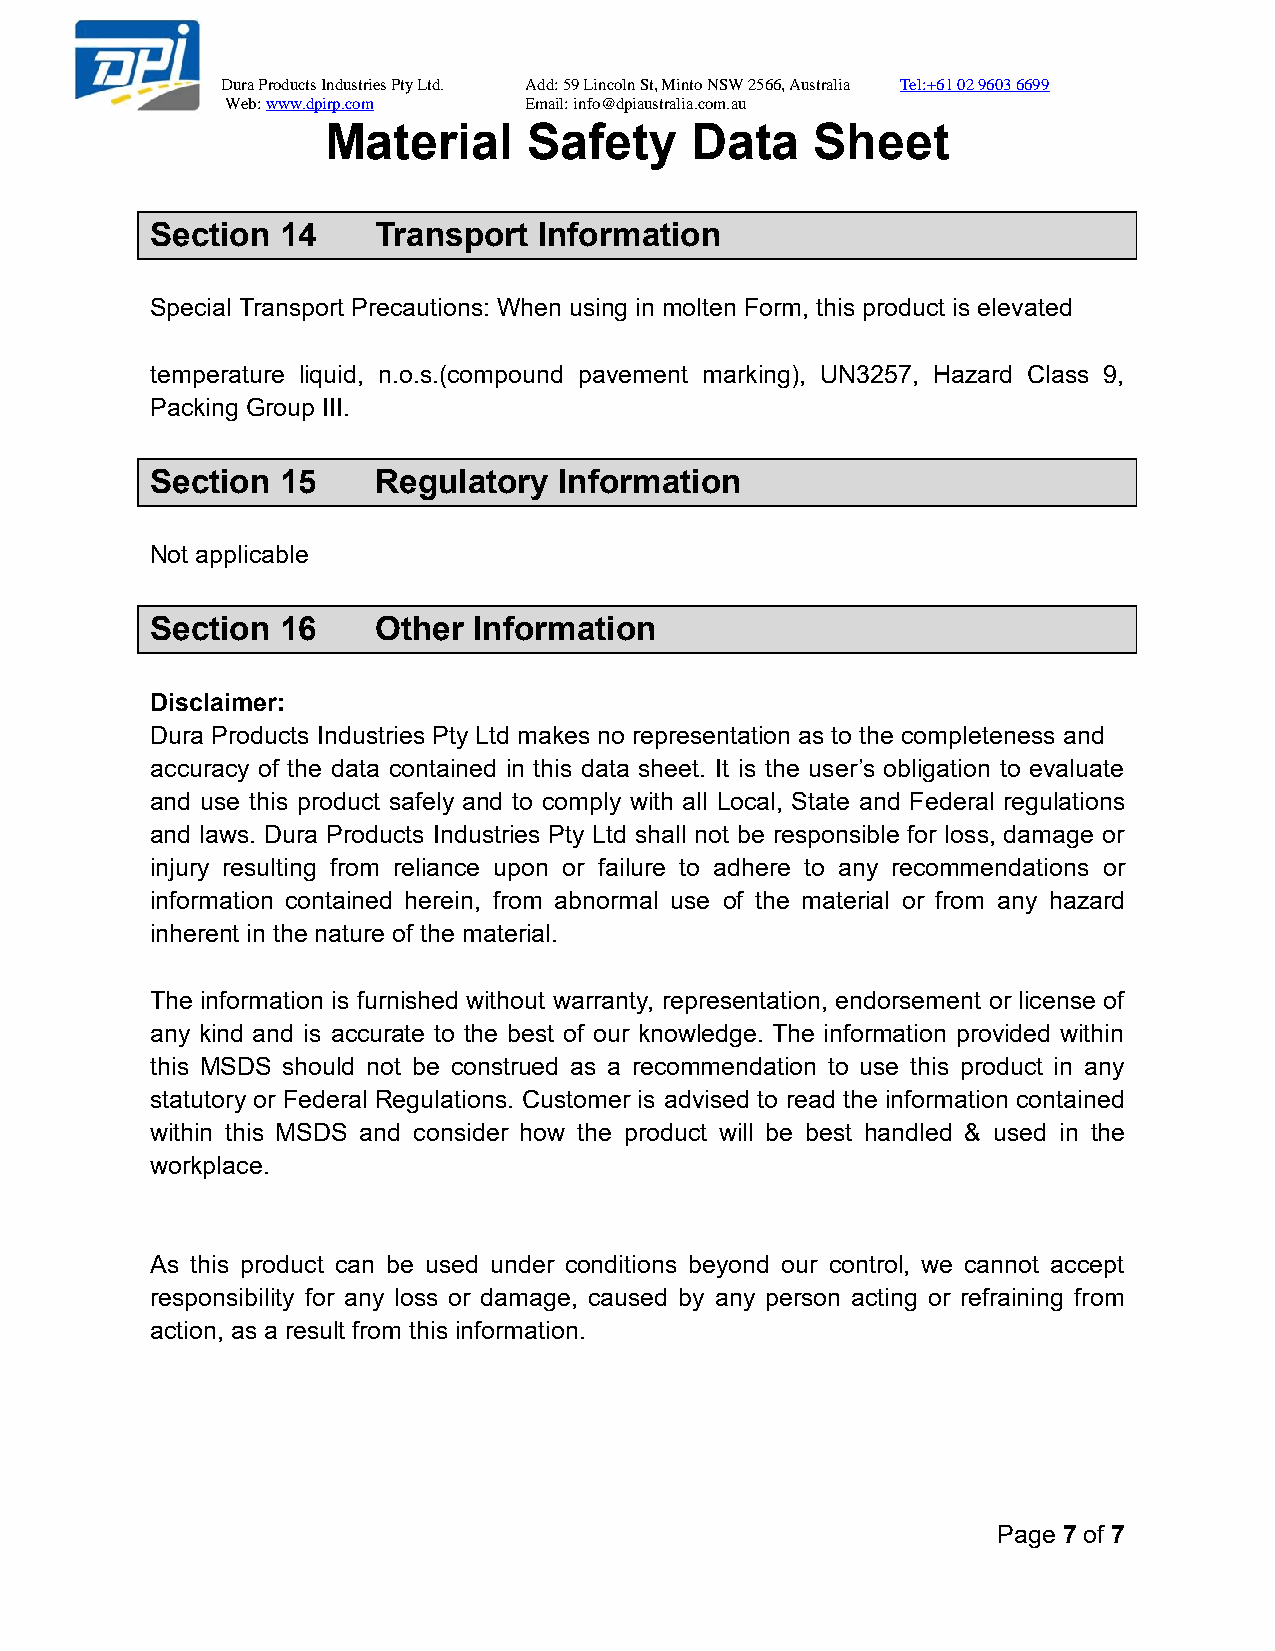
Dura Products Industries Pty Ltd. Add: 59 Lincoln St, Minto NSW 2566, Australia Tel:+61 02 9603 6699
 Web: www.dpirp.com  Email: info@dpiaustralia.com.au
 Material     Safety     Data    Sheet
 Section  14    Transport  Information
 Special Transport Precautions: When using in molten Form, this product is elevated
 temperature liquid, n.o.s.(compound pavement marking), UN3257, Hazard Class 9,
 Packing Group III.
 Section  15    Regulatory  Information
 Not applicable
 Section  16    Other Information
 Disclaimer:
 Dura Products Industries Pty Ltd makes no representation as to the completeness and
 accuracy of the data contained in this data sheet. It is the user’s obligation to evaluate
 and use this product safely and to comply with all Local, State and Federal regulations
 and laws. Dura Products Industries Pty Ltd shall not be responsible for loss, damage or
 injury resulting from reliance upon or failure to adhere to any recommendations or
 information contained herein, from abnormal use of the material or from any hazard
 inherent in the nature of the material.
 The information is furnished without warranty, representation, endorsement or license of
 any kind and is accurate to the best of our knowledge. The information provided within
 this MSDS should not be construed as a recommendation to use this product in any
 statutory or Federal Regulations. Customer is advised to read the information contained
 within this MSDS and consider how the product will be best handled & used in the
 workplace.
 As this product can be used under conditions beyond our control, we cannot accept
 responsibility for any loss or damage, caused by any person acting or refraining from
 action, as a result from this information.
 Page 7 of 7